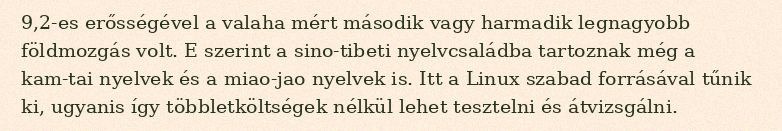
9,2-es erősségével a valaha mért második vagy harmadik legnagyobb földmozgás volt. E szerint a sino-tibeti nyelvcsaládba tartoznak még a kam-tai nyelvek és a miao-jao nyelvek is. Itt a Linux szabad forrásával tűnik ki, ugyanis így többletköltségek nélkül lehet tesztelni és átvizsgálni.